King Institute of Preventive Medicine Micro-Biological Section reports 1909-11
Year: 1909
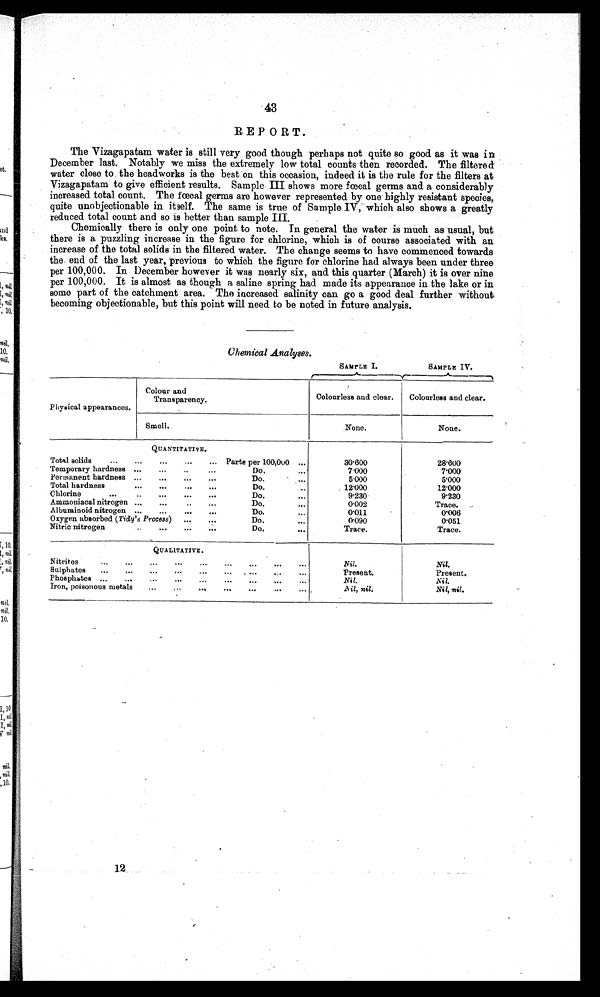
43
REPORT.
The Vizagapatam water is still very good though perhaps not quite so good as it was in
December last. Notably we miss the extremely low total counts then recorded. The filtered
water close to the headworks is the best on this occasion, indeed it is the rule for the filters at
Vizagapatam to give efficient results. Sample III shows more fœcal germs and a considerably
increased total count. The fœtal germs are however represented by one highly resistant species,
quite unobjectionable in itself. The same is true of Sample IV, which also shows a greatly
reduced total count and so is better than sample III.
Chemically there is only one point to note. In general the water is much as usual, but
there is a puzzling increase in the figure for chlorine, which is of course associated with an
increase of the total solids in the filtered water. The change seems to have commenced towards
the end of the last year, previous to which the figure for chlorine had always been under three
per 100,000. In December however it was nearly six, and this quarter (March) it is over nine
per 100,000. It is almost as though a saline spring had made its appearance in the lake or in
some part of the catchment area. The increased salinity can go a good deal further without
becoming objectionable, but this point will need to be noted in future analysis.
Chemical Analyses.
SAMPLE I.
SAMPLE IV.
Physical appearances.
Colour and
Transparency.
Colourless and clear.
Colourless and clear.
Smell.
None.
None.
QUANTITATIVE.
Total solids
...
...
...
...
... Parts per 100,000 ...
30.600
28.600
Temporary hardness ...
...
..
...
Do.
...
7.000
7.000
Permanent hardness
... ... ... ...
Do.
...
5.000
5.000
Total hardness
...
...
...
...
Do.
..
12.000
12.000
Chlorine
...
. . .
... ... ...
Do.
...
9.230
9.230
Ammoniacal nitrogen ...
...
.
.. ...
Do.
...
0.002
Trace.
Albuminoid nitrogen ...
...
.
.. ...
D o .
...
0 . 0 1 1
0.006
Oxygen absorbed (Tidy's Process)
...
...
Do.
...
0.090
0.051
Nitric nitrogen
. . .
... ... ...
Do.
...
Trace.
Trace.
QUALITATIVE.
Nit rites
...
...
...
...
...
...
...
...
...
Nil.
Nil.
Sulphates
...
...
...
...
...
...
...
...
...
Present.
Present.
Phosphates ...
...
...
...
... ... ... ... ...
Nil.
Nil.
Iron, poisonous metals
...
...
...
...
...
...
...
N i l , n i
l .
Nil, nil.